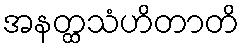
အနတ္ထသံဟိတာတိ